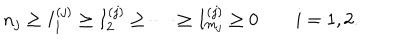
n _ { j } \ge I _ { 1 } ^ { ( j ) } \ge I _ { 2 } ^ { ( j ) } \ge \dots \ge I _ { m _ { j } } ^ { ( j ) } \ge 0 \qquad i = 1 , 2 .